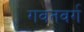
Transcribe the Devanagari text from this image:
गवतवर्ग